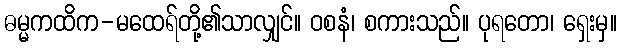
ဓမ္မကထိက-မထေရ်တို့၏သာလျှင်။ ဝစနံ၊ စကားသည်။ ပုရတော၊ ရှေးမှ။